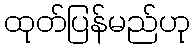
ထုတ်ပြန်မည်ဟု